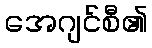
အေဂျင်စီ၏